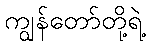
ကျွန်တော်တို့ရဲ့